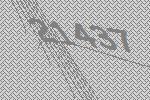
21437